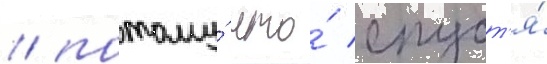
/ потому́ что́ спуст'я́